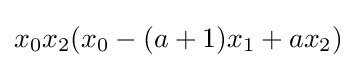
x_{0}x_{2}(x_{0}-(a+1)x_{1}+ax_{2})